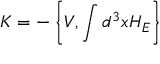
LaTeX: K = - \left\{ V , \int d ^ { 3 } x H _ { E } \right\}